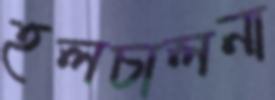
হলচালনা